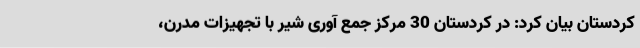
کردستان بیان کرد: در کردستان 30 مرکز جمع آوری شیر با تجهیزات مدرن،